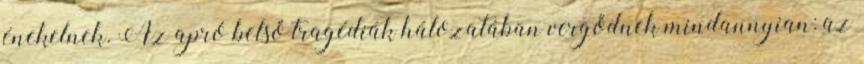
énekelnek. Az apró belső tragédiák hálozatában vergődnek mindannyian: az